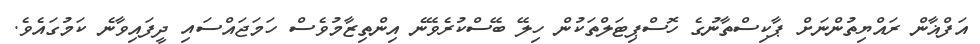
އަފްޣާން ރައްޔިތުންނަށް ޕާކިސްތާނުގެ ހޮސްޕިޓަލްތަކުން ހިލޭ ބޭސްކުރެވޭނެ އިންތިޒާމުވެސް ހަމަޖައްސައި ދީފައިވާނެ ކަމުގައެވެ.